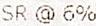
SR @ 6%